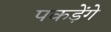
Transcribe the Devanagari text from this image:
पकड़ेंगे